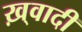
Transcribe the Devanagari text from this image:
ख़्वादी